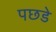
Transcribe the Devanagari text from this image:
पछडे